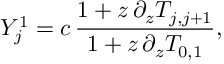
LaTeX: Y _ { j } ^ { 1 } = c \, \frac { 1 + z \, \partial _ { z } T _ { j , j + 1 } } { 1 + z \, \partial _ { z } T _ { 0 , 1 } } ,